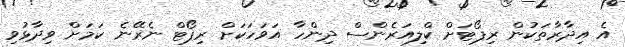
އެ އިދާރާތަކުން ރިޕޯޓަށް ކްލިއަރެންސް ދިންހާ އަވަހަކަށް ރިޕޯޓް ނެރޭނެ ކަމަށް ވިދާޅުވި